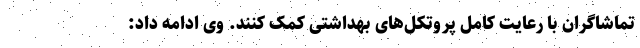
تماشاگران با رعایت کامل پروتکل‌های بهداشتی کمک کنند. وی ادامه داد: